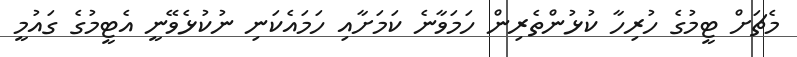
މެޗަށް ޓީމުގެ ހުރިހާ ކުޅުންތެރިން ހަމަވާނެ ކަމަށާއި ހަމައެކަނި ނުކުޅެވޭނީ އެޓީމުގެ ގައުމީ